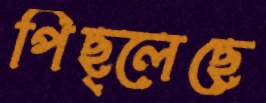
পিছ্‌লেছে